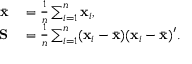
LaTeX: \begin{array} { r l } { { \bar { \mathbf { x } } } } & { { } = { \frac { 1 } { n } } \sum _ { i = 1 } ^ { n } \mathbf { x } _ { i } , } \\ { \mathbf { S } } & { { } = { \frac { 1 } { n } } \sum _ { i = 1 } ^ { n } ( \mathbf { x } _ { i } - { \bar { \mathbf { x } } } ) ( \mathbf { x } _ { i } - { \bar { \mathbf { x } } } ) ^ { \prime } . } \end{array}